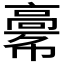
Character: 𩫎